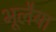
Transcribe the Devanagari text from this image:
भूलैया